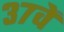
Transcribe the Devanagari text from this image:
३७वें